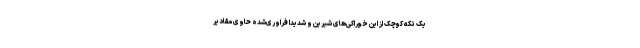
یک تکه کوچک از این خوراکی‌های شیرین و شدیدا فراوری‌شده حاوی مقادیر